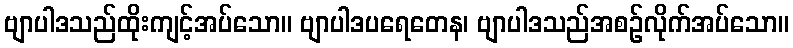
ဗျာပါဒသည်ထိုးကျင့်အပ်သော။ ဗျာပါဒပရေတေန၊ ဗျာပါဒသည်အစဉ်လိုက်အပ်သော။